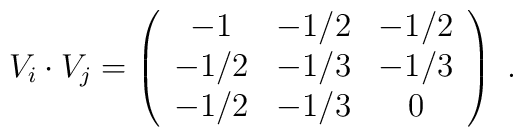
V_i \cdot V_j=\left( \begin{array}{ccc}               -1 & -1/2 & -1/2\\               -1/2 & -1/3 & -1/3\\               -1/2 & -1/3 & 0               \end{array}        \right)~.